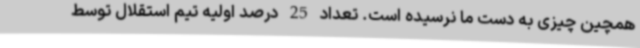
همچین چیزی به دست ما نرسیده است. تعداد 25 درصد اولیه تیم استقلال توسط